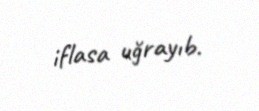
iflasa uğrayıb.